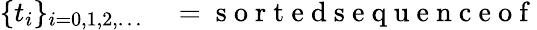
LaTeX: \begin{array}{rl}{\{ t_{i}\} _{i=0,1,2,\dots}}&{{}=\mathrm{~s~o~r~t~e~d~s~e~q~u~e~n~c~e~o~f~}}\end{array}